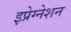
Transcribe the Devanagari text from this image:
इप्रेग्नेशन